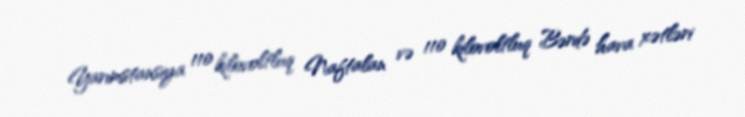
Yarımstansiya 110 kilovoltluq Naftalan və 110 kilovoltluq Bərdə hava xətləri